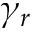
\gamma _ { r }